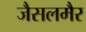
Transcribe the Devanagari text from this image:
जैसलमैर